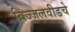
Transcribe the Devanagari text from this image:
विज्जलवीडचे